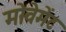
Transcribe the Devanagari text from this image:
मोवेमेंट